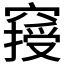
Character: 𥧿